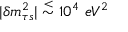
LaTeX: | \delta m _ { \tau s } ^ { 2 } | \stackrel { < } { \sim } 1 0 ^ { 4 } \ e V ^ { 2 }